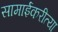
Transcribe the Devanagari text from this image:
सामाईकरीत्या